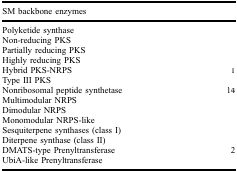
<table><thead><tr><td><b>SM backbone enzymes</b></td><td>[EMPTY_CELL]</td></tr></thead><tbody><tr><td>Polyketide synthase</td><td>[EMPTY_CELL]</td></tr><tr><td>Non-reducing PKS</td><td>[EMPTY_CELL]</td></tr><tr><td>Partially reducing PKS</td><td>[EMPTY_CELL]</td></tr><tr><td>Highly reducing PKS</td><td>[EMPTY_CELL]</td></tr><tr><td>Hybrid PKS-NRPS</td><td>1</td></tr><tr><td>Type III PKS</td><td>[EMPTY_CELL]</td></tr><tr><td>Nonribosomal peptide synthetase</td><td>14</td></tr><tr><td>Multimodular NRPS</td><td>[EMPTY_CELL]</td></tr><tr><td>Dimodular NRPS</td><td>[EMPTY_CELL]</td></tr><tr><td>Monomodular NRPS-like</td><td>[EMPTY_CELL]</td></tr><tr><td>Sesquiterpene synthases (class I)</td><td>[EMPTY_CELL]</td></tr><tr><td>Diterpene synthase (class II)</td><td>[EMPTY_CELL]</td></tr><tr><td>DMATS-type Prenyltransferase</td><td>2</td></tr><tr><td>UbiA-like Prenyltransferase</td><td>[EMPTY_CELL]</td></tr></tbody></table>